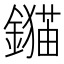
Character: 𨭈